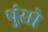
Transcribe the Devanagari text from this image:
पुंसो